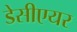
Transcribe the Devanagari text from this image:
डेसीएयर